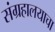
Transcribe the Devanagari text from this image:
संग्रहालयाचा